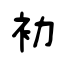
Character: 袎